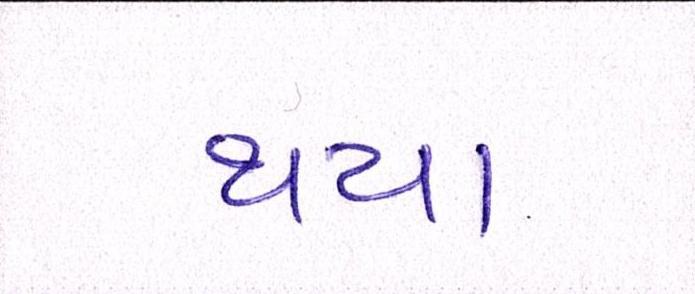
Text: થયા